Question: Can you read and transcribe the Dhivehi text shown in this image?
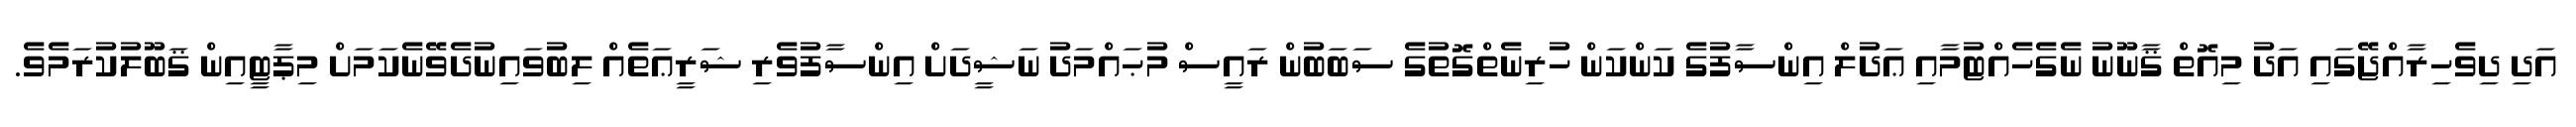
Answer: އަދި ދިވެހިރާއްޖޭގައި އަދު މިއޮތް ޤާނޫނު ނެގެހެއްޓުމާއި ޢަދުލް އިންސާފުގެ ކަންކަން ހުރިނެތްގޮތުގެ ސަބަބުން ރައީސް މުޙައްމަދު ނަޝީދަށް އިންސާފުވެރި ޝަރީޢަތެއް ލިބުވައިނުދެވޭނެކަމަށް މިޕާޓީއިން ޤަބޫލުކުރަމެވެ.